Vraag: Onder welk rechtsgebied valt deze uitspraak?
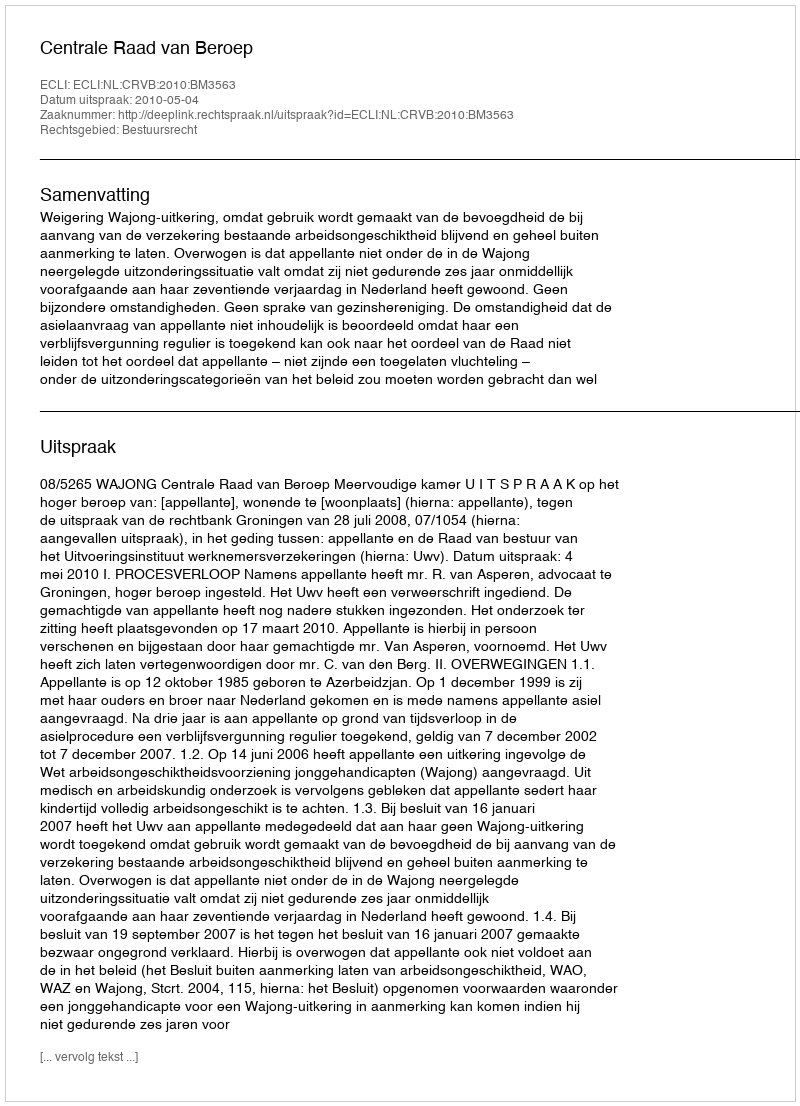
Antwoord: Bestuursrecht